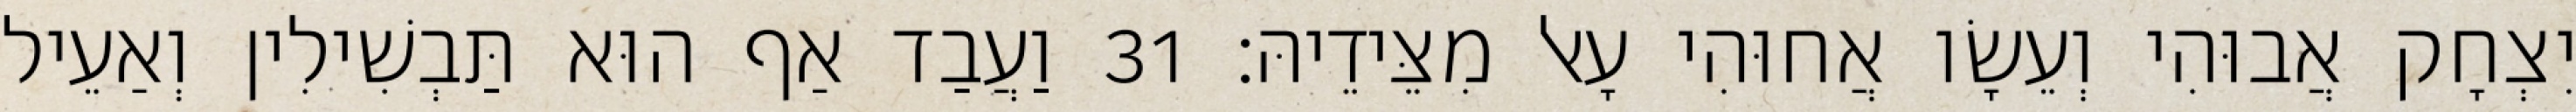
יִצְחָק אֲבוּהִי וְעֵשָׂו אֲחוּהִי עָאל מִצֵּידֵיהּ׃ 31 וַעֲבַד אַף הוּא תַּבְשִׁילִין וְאַעֵיל